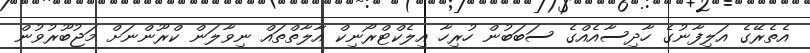
އެތެރޭގެ އަލިފާނުގެ ހާދިސާއެއްގެ ސަބަބުން ހުރިހާ އިލެކްޓްރޯނިކް އާލާތްތައް ނިވާލަން ކްރޫންނަށް މަޖުބޫރުވުން